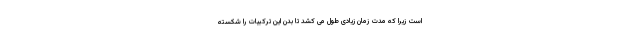
است زیرا که مدت زمان زیادی طول می کشد تا بدن این ترکیبات را شکسته